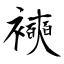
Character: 襫